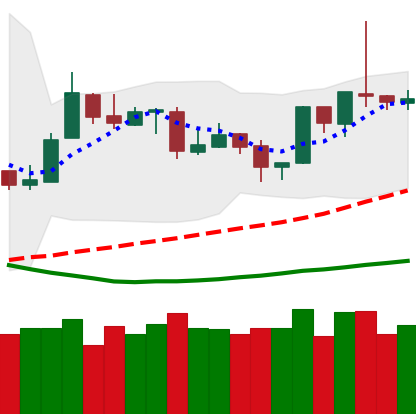
Ticker: ETH-USD
Chart end date: 2019-04-01
Forward return: 17.004%
Label: up_7plus